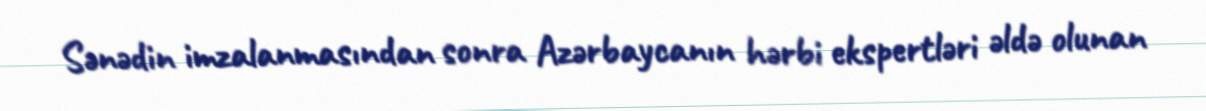
Sənədin imzalanmasından sonra Azərbaycanın hərbi ekspertləri əldə olunan